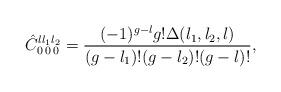
LaTeX: \begin{align*}\hat{C}^{l l_1 l_2}_{0\,0\,0} = {(-1)^{g-l} g! \Delta(l_1,l_2,l)\over(g-l_1)!(g-l_2)!(g-l)!},\end{align*}